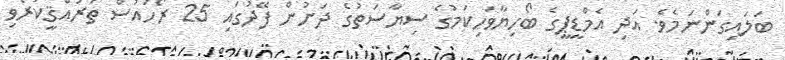
ބަލައިގަންނަމެވެ. އަދި އެމްޑީޕީގެ ބޯހިޔާވަހިކަމުގެ ސިޔާސަތުގެ ދަށުން ފޭދުގައި 25 ރޯހައުސް ތަރައްޤީކުރެވި